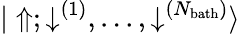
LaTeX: {|\Uparrow;\downarrow^{(1)},...,\downarrow^{(N_{\mathrm{bath}})}\rangle}